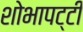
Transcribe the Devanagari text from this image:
शोभापट्टी